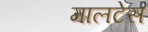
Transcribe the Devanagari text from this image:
मालटेस